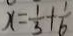
x = \frac { 1 } { 3 } + \frac { 1 } { 6 }